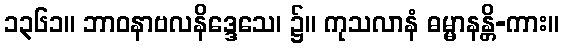
၁၃၆၁။ ဘာဝနာဗလနိဒ္ဒေသေ၊ ၌။ ကုသလာနံ ဓမ္မာနန္တိ-ကား။